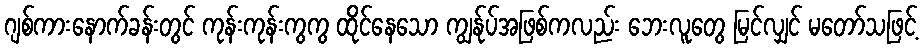
ဂျစ်ကားနောက်ခန်းတွင် ကုန်းကုန်းကွကွ ထိုင်နေသော ကျွန်ုပ်အဖြစ်ကလည်း ဘေးလူတွေ မြင်လျှင် မတော်သဖြင့်